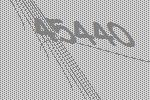
45440